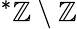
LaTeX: ^{*}\mathbb{Z}\setminus\mathbb{Z}